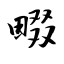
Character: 畷